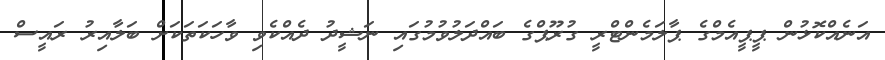
އަނެއްކޮޅުން ޕީޕީއެމްގެ ޕާލަމެންޓްރީ ގުރޫޕްގެ ބައްދަލުވުމުގައި ނަޝީދު ދެއްކެވި ވާހަކަތަކަށް ބަލާއިރު ރައީސް